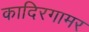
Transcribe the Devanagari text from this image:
कादिरगामर